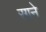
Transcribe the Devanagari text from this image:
रगने